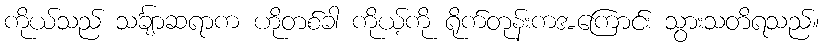
ကိုယ်သည် သင်္ချာဆရာက ဟိုတစ်ခါ ကိုယ့်ကို ရိုက်တုန်းကအကြောင်း သွားသတိရသည်။